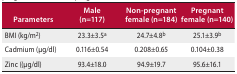
| Parameters | Male (n=117) | Non-pregnant female (n=184) | Pregnant female (n=140) |
 | --- | --- | --- | --- |
 | BMI (kg/m2) | 23.3±3.5a | 24.7±4.8b | 25.1±3.9b |
 | Cadmium (μg/dl) | 0.116±0.54 | 0.208±0.65 | 0.104±0.38 |
 | Zinc (μg/dl) | 93.4±18.0 | 94.9±19.7 | 95.6±16.1 |